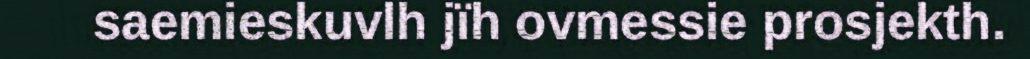
saemieskuvlh jïh ovmessie prosjekth.